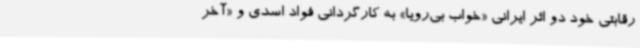
رقابتی خود دو اثر ایرانی «خواب بی‌رویا» به کارگردانی فواد اسدی و «آخر